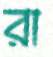
রা